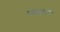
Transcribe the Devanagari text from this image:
पादान्ते